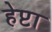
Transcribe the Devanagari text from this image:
हेप्टा